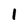
Character: 1